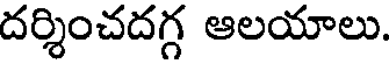
దర్శించదగ్గ ఆలయాలు.